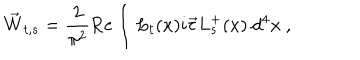
LaTeX: \vec { W } _ { t , s } = \frac { 2 } { \pi ^ { 2 } } \mathrm { R e } \int L _ { t } ( x ) i \vec { \tau } L _ { s } ^ { + } ( x ) ~ d ^ { 4 } x ~ ,